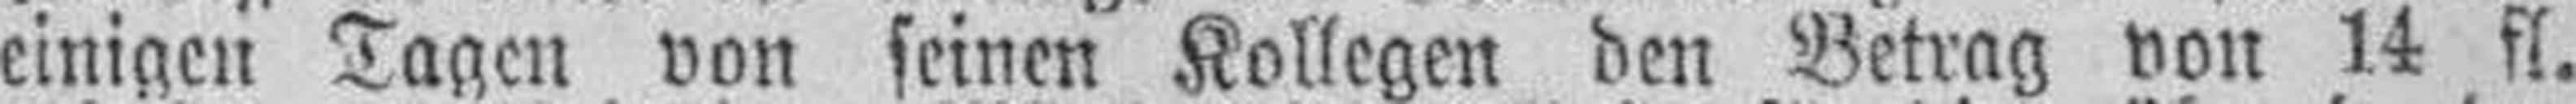
einigen Tagen von seinen Kollegen den Betrag von 14 fl.